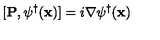
[ { \bf { P } } , \psi ^ { \dagger } ( { \bf { x } } ) ] = i \mathrm { } \nabla \mathrm { } \psi ^ { \dagger } ( { \bf { x } } )